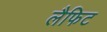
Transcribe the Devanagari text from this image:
लैफिट